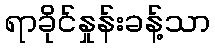
ရာခိုင်နှုန်းခန့်သာ